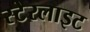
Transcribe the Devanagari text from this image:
स्टेरलाइट